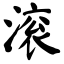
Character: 滚